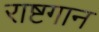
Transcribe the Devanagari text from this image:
राष्टगान